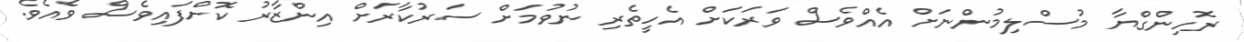
ރޮހިންގްޔާ މުސްލިމުންނަށް އެއްވެސް ވަރަކަށް އެހީތެރި ނުވުމަށް ސަރުކާރަށް އިންޒާރު ކޮށްފައިވެސް ވެއެވެ.